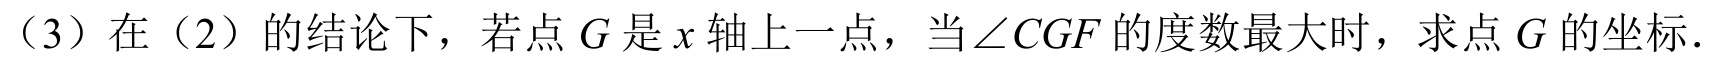
（3）在（2）的结论下，若点 \(G\) 是 \(x\) 轴上一点，当\(\angle CGF\) 的度数最大时，求点 \(G\) 的坐标.